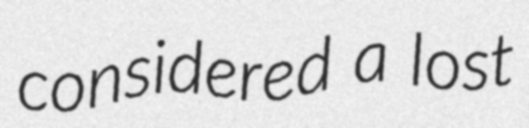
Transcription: considered a lost